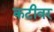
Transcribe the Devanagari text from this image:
कटीवर